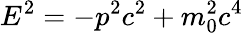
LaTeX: E^{2}=-p^{2}c^{2}+m_{0}^{2}c^{4}